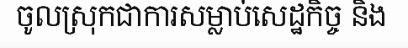
ចូលស្រុកជាការសម្លាប់សេដ្ឋកិច្ច និង